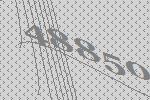
48850